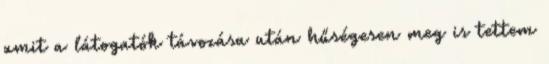
amit a látogatók távozása után hűségesen meg is tettem